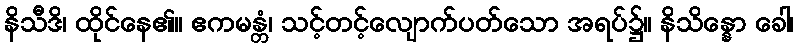
နိသီဒိ၊ ထိုင်နေ၏။ ဧကမန္တံ၊ သင့်တင့်လျောက်ပတ်သော အရပ်၌။ နိသိန္နော ခေါ၊